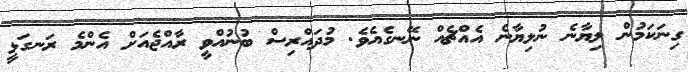
ގިނަކަމުން ލިޔާނެ ނުލިޔާނެ އެއްޗެއް ނޭނގެއެވެ. މުދައްރިސް ބުނުއްވީ ރާއްޖެއަށް އެންމެ ރަނގަޅީ